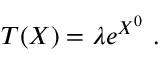
T ( X ) = \lambda e ^ { X ^ { 0 } } ~ .